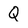
Character: Q